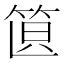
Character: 𥭣